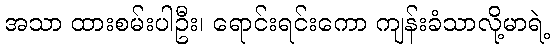
အသာ ထားစမ်းပါဦး၊ ရောင်းရင်းကော ကျန်းခံသာလို့မာရဲ့